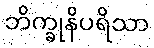
ဘိက္ခုနိပရိသာ